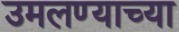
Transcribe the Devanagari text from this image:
उमलण्याच्या